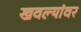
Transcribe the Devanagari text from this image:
खवल्यांवर